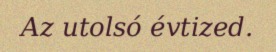
Az utolsó évtized.